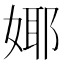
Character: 𭒅